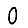
Digit: 0